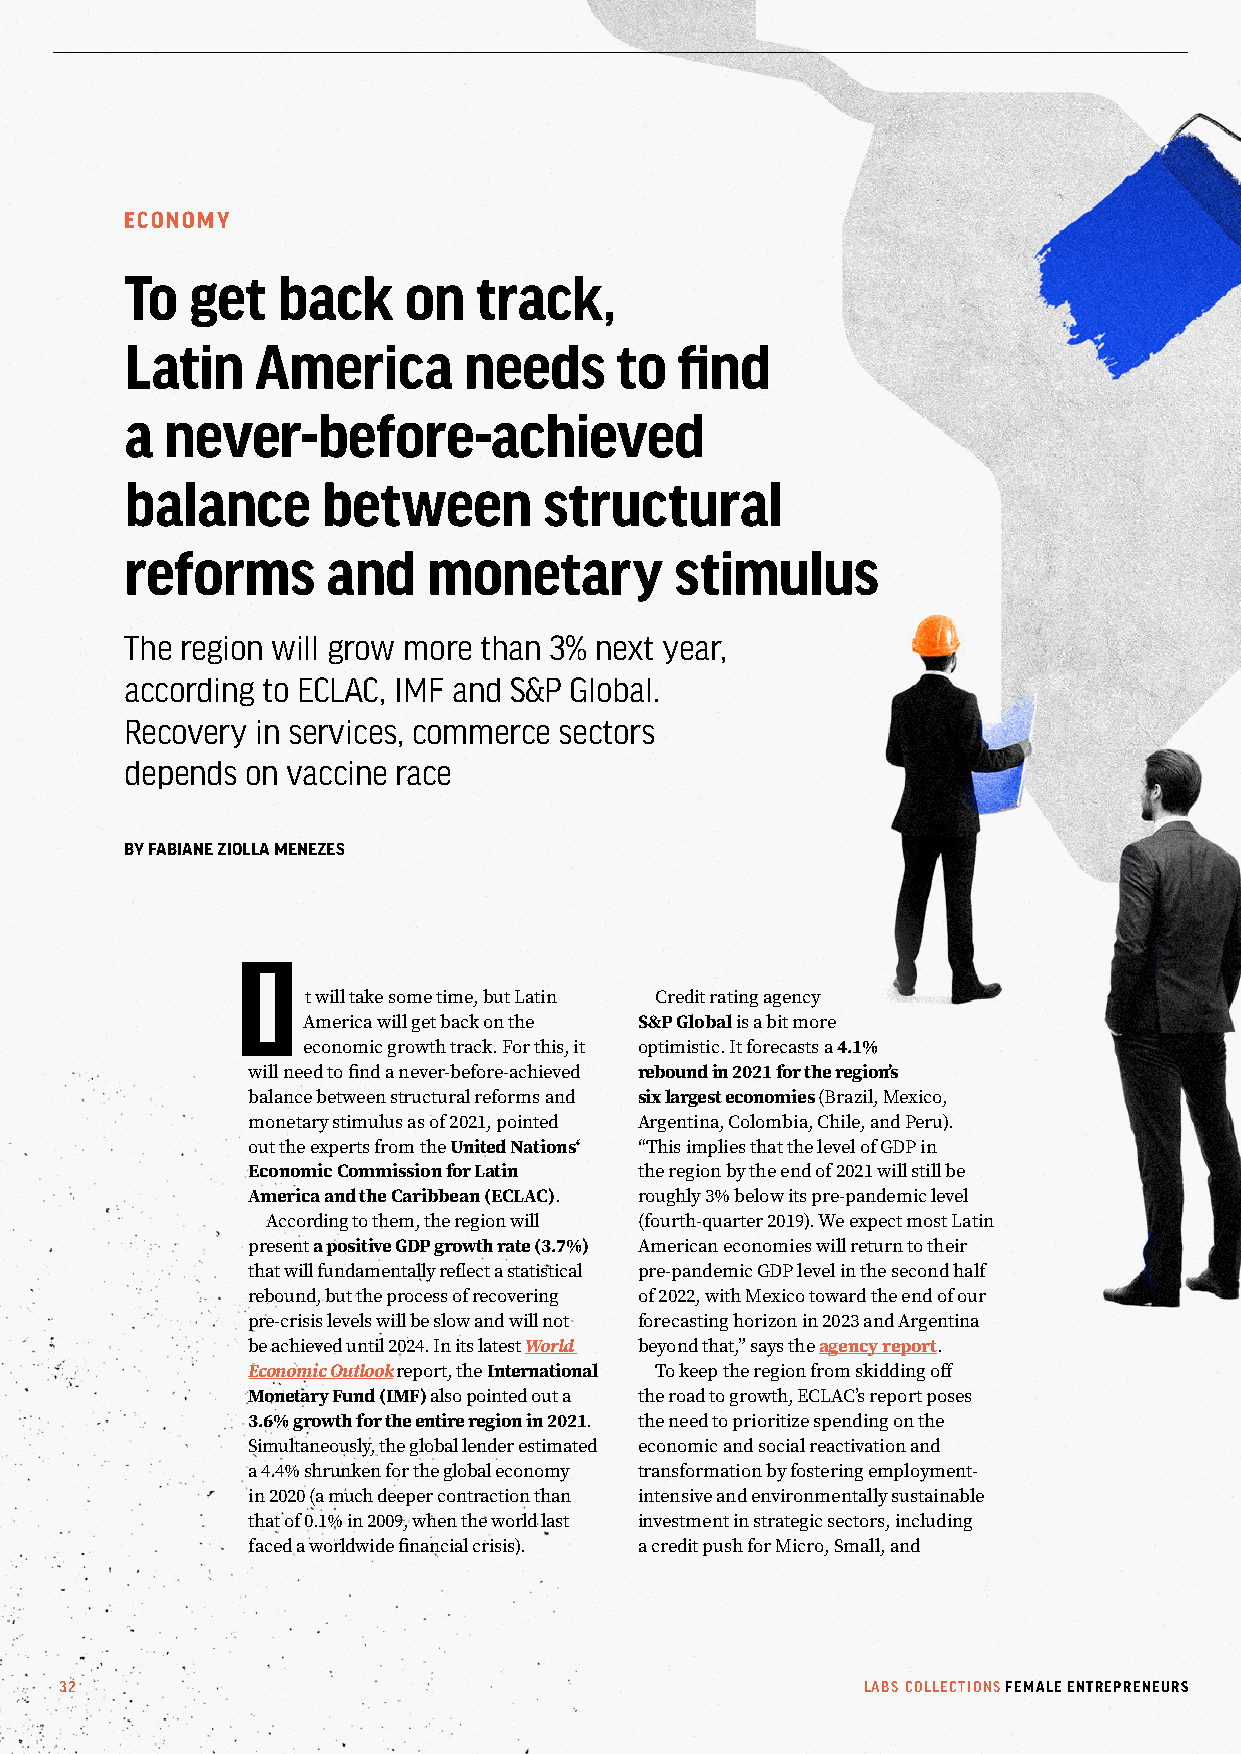
ECONOMY
 To  get   back     on  track,
 Latin    America       needs     to  find
 a  never-before-achieved
 balance      between        structural
 reforms       and   monetary         stimulus
 The region will grow more than 3% next year,
 according to ECLAC, IMF and S&P Global.
 Recovery in services, commerce sectors
 depends on vaccine race
 BY FABIANE ZIOLLA MENEZES
 I
 t will take some time, but Latin Credit rating agency
 America will get back on the S&P Global is a bit more
 economic growth track. For this, it optimistic. It forecasts a 4.1%
 will need to find a never-before-achieved rebound in 2021 for the region’s
 balance between structural reforms and six largest economies (Brazil, Mexico,
 monetary stimulus as of 2021, pointed Argentina, Colombia, Chile, and Peru).
 out the experts from the United Nations‘ “This implies that the level of GDP in
 Economic Commission for Latin the region by the end of 2021 will still be
 America and the Caribbean (ECLAC). roughly 3% below its pre-pandemic level
 According to them, the region will (fourth-quarter 2019). We expect most Latin
 present a positive GDP growth rate (3.7%) American economies will return to their
 that will fundamentally reflect a statistical pre-pandemic GDP level in the second half
 rebound, but the process of recovering of 2022, with Mexico toward the end of our
 pre-crisis levels will be slow and will not forecasting horizon in 2023 and Argentina
 be achieved until 2024. In its latest World beyond that,” says the agency report.
 Economic Outlook report, the International To keep the region from skidding off
 Monetary Fund (IMF) also pointed out a the road to growth, ECLAC’s report poses
 3.6% growth for the entire region in 2021. the need to prioritize spending on the
 Simultaneously, the global lender estimated economic and social reactivation and
 a 4.4% shrunken for the global economy transformation by fostering employment-
 in 2020 (a much deeper contraction than intensive and environmentally sustainable
 that of 0.1% in 2009, when the world last investment in strategic sectors, including
 faced a worldwide financial crisis). a credit push for Micro, Small, and
 32                                                   LABS COLLECTIONS FEMALE ENTREPRENEURS